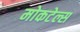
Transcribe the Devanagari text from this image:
मोकटेल्स